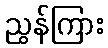
ညွန်ကြား